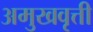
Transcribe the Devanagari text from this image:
अमुखवृत्ती